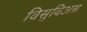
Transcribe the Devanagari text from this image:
विसुविअस